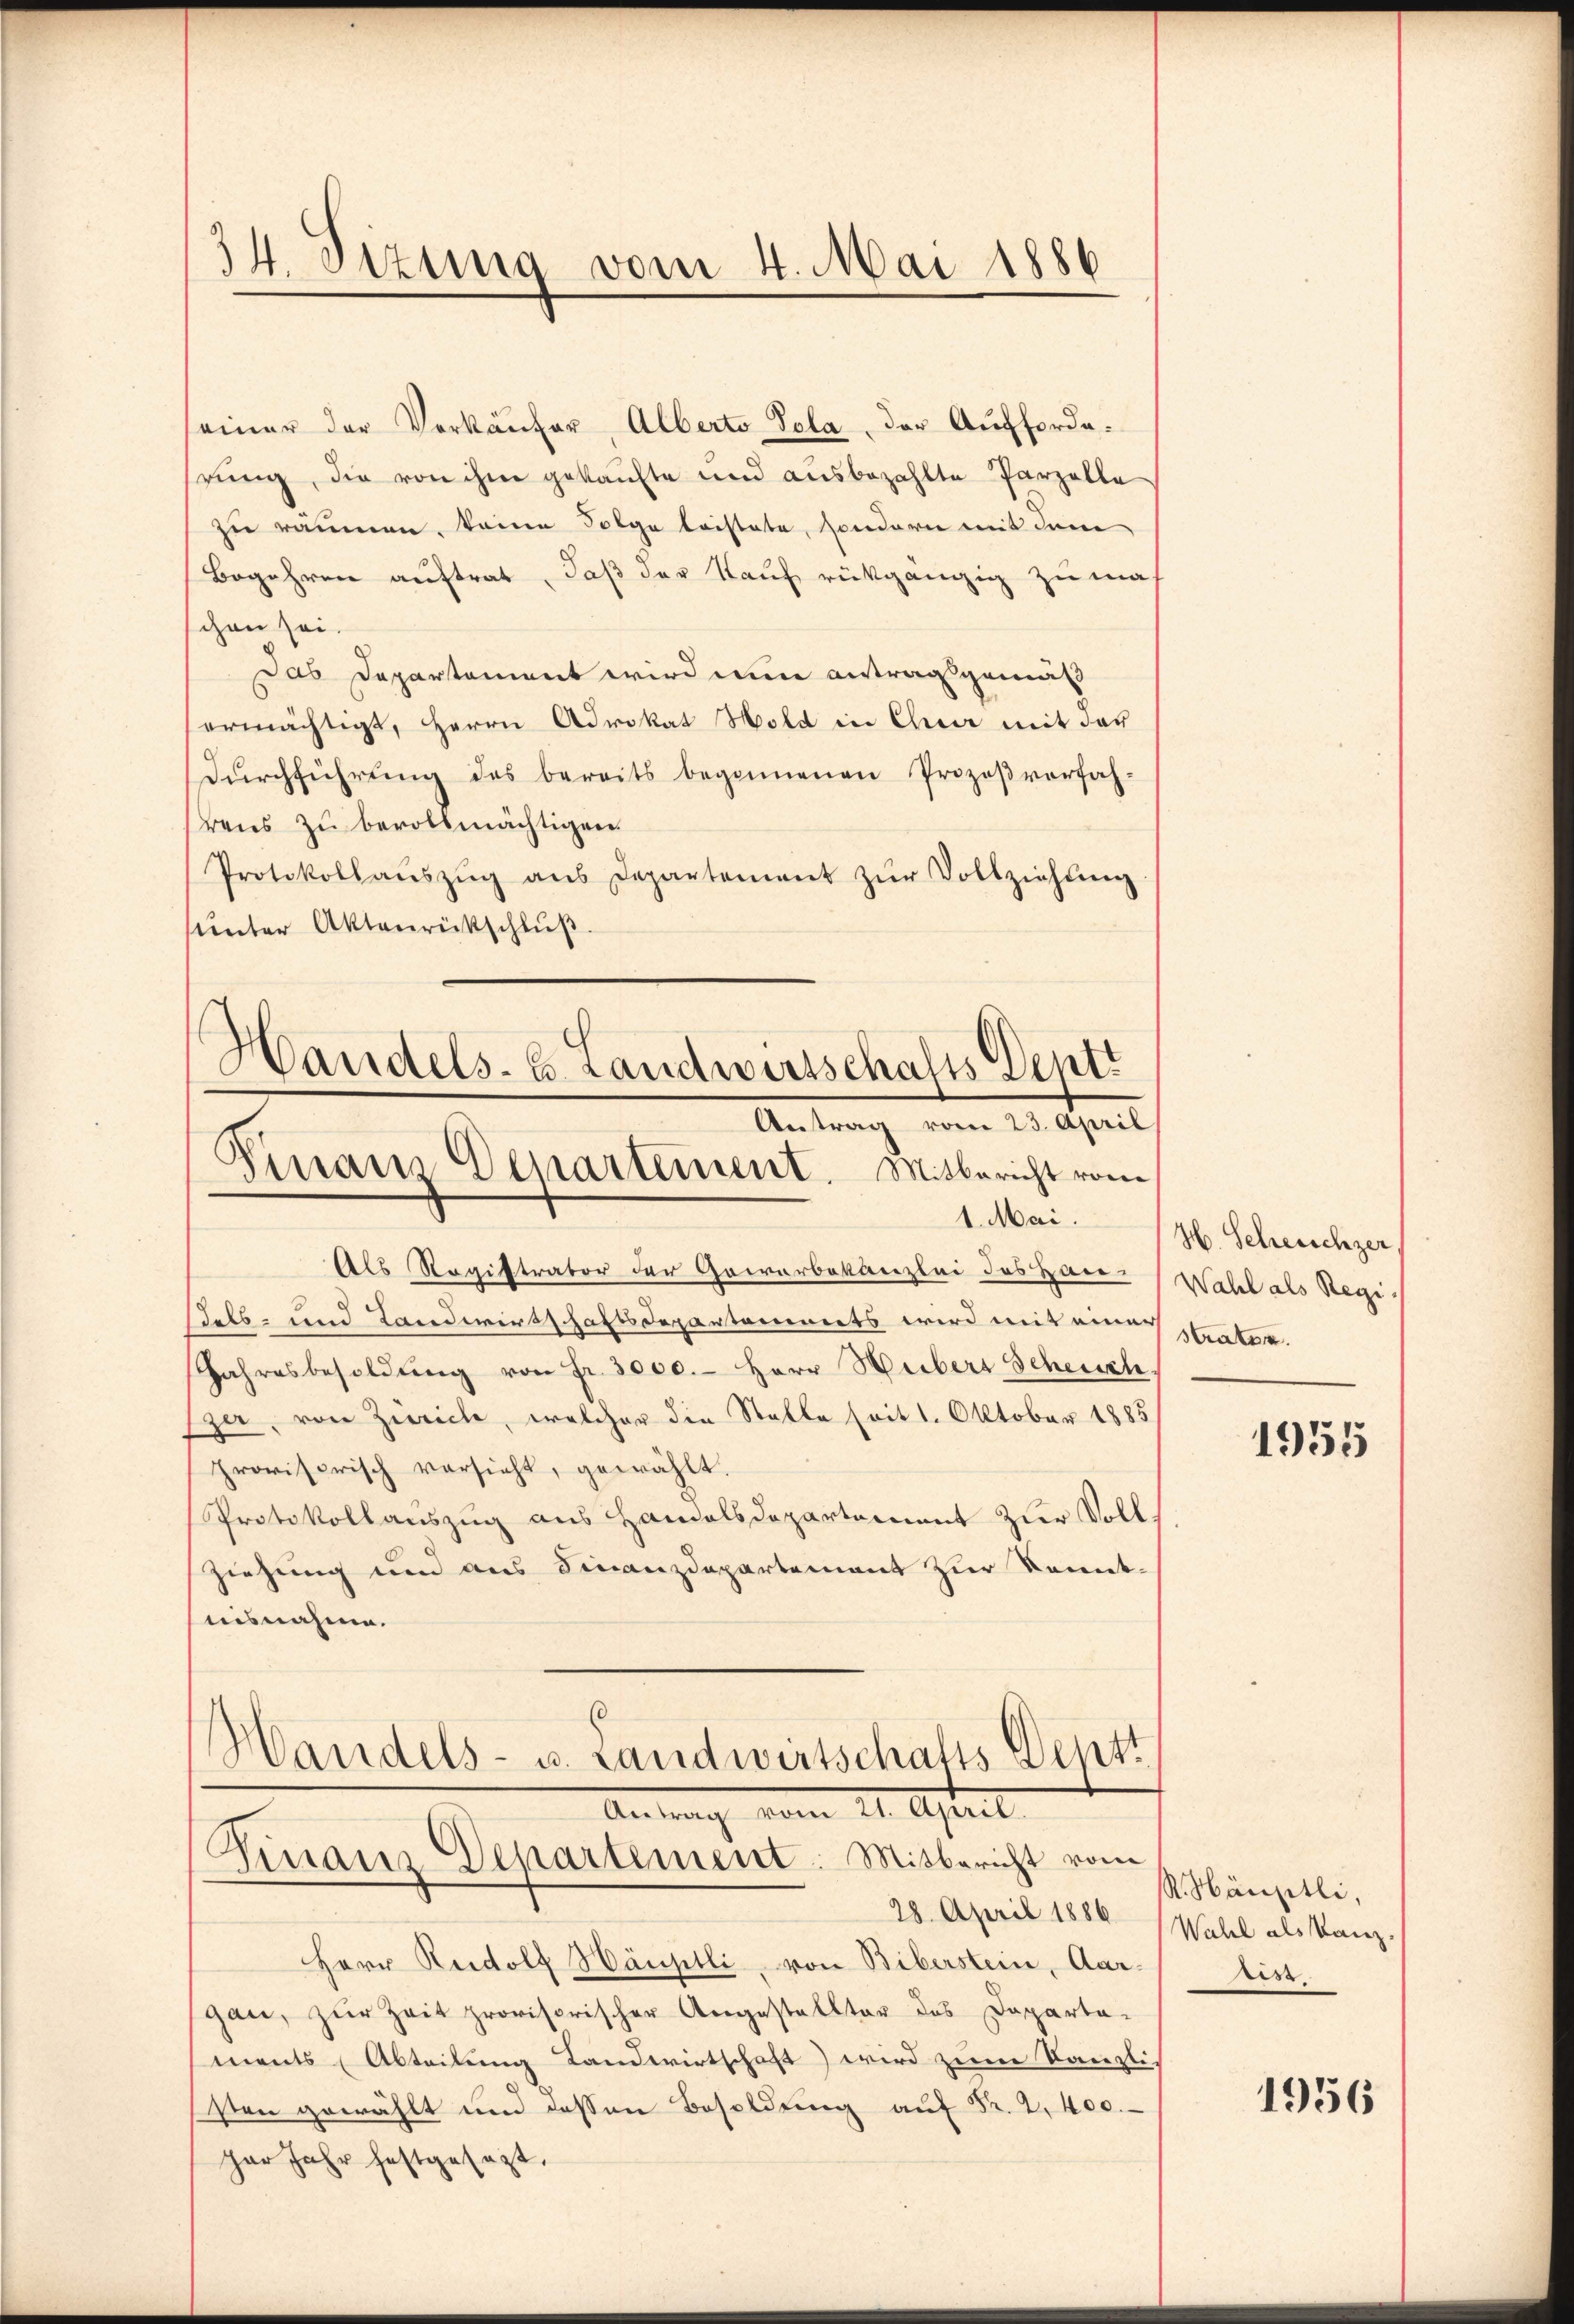
34. Sizung vom 4. Mai 1886

einer der Verkäŭfer, Alberto Pola, der Auffordehrung, die von ihm gekaufte und ausbezahlte Parzelle
zu räumen, keine Folge leistete, sondern mit dem
Begehren auftrat, daß der Kauf rückgängig zu machen sei.
Das Departement wird ein antragsgemäß
ermächtigt, Herrn Advokat Hold in Chur mit der
Dŭrchführŭng des bereits begonnenen Prozeβverfah-
rens zu bevollmächtigen.
Protokollaŭszŭg aŭs Departement zŭr Vollziehŭng
ŭnter Aktenrückschlŭβ
¬

Handels-C. Landwirtschafts Depti
Antrag vom 23. April
Finanz Departement. Mitbericht vom

Als Registrator der Gewerbekanzlei des Han-Wahl als Regi¬
Sels- und Landwirtschaftsdepartaminerts wird mit eine strater.
Jahresbesoldŭng von Fr. 3000.- Herr Heibers Scheuch
Eper, von Zürich, welcher die Stalle seit 1. Oktober 1883
provisorisch versieht, gewählt.
Protokollauszug aus Handelsdepartement zur Voll
ziehung und aus Finanzdepartement zur Kennt-
nisnahme.
8
Handels- u. Landwirtschafts-Deptt

28. April 1884 (Wahl als Kanz.
Herr Rudolf Häuptli, von Biberstein, Aar- ist.
gan, zŭr Zeit provisorischer Angestellter des Departa-
ments (Abteilung Landwirtschaft) wird zum Kanzlis
sten gewählt und dessen Besoldŭng auf Fr. 2400.
per Jahr festgesezt,

.April
Finanz Departement. Mitbericht vom

1. Mai 196. Scheuschzer

1955

R. Häuptli,
1956